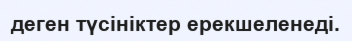
деген түсініктер ерекшеленеді.